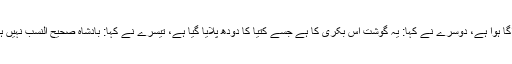
ان میں سے ایک نے کہا: یہ شراب اُس انگور سے کشید کی گئی ہے جو قبر پر اگا ہوا ہے، دوسرے نے کہا: یہ گوشت اس بکری کا ہے جسے کتیا کا دودھ پلایا گیا ہے، تیسرے نے کہا: بادشاہ صحیح النسب نہیں ہے، جب بادشاہ تک یہ تبصرہ پہنچا تو اس نے ان سے ان آراء کا سبب معلوم کیا۔